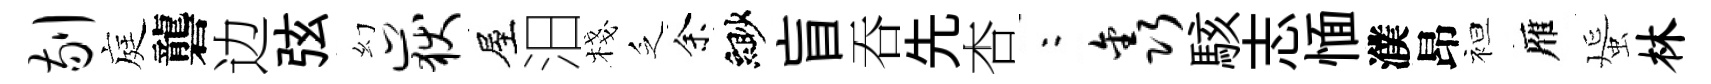
剔庭礱边弦幻岳屋汨棧乏余緲盲吞先杏欸鑫駭志愐濮昂袒雁蜑林